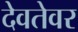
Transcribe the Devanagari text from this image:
देवतेवर